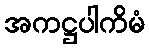
အကဋ္ဌပါကိမံ